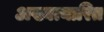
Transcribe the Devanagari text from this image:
अख्यत्यारित